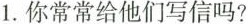
1.你常常给他们写信吗?